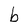
Character: b